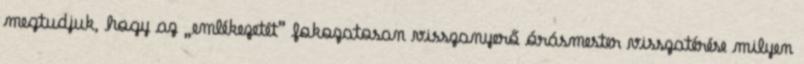
megtudjuk, hogy az „emlékezetét” fokozatosan visszanyerő órásmester visszatérése milyen